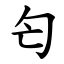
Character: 匄